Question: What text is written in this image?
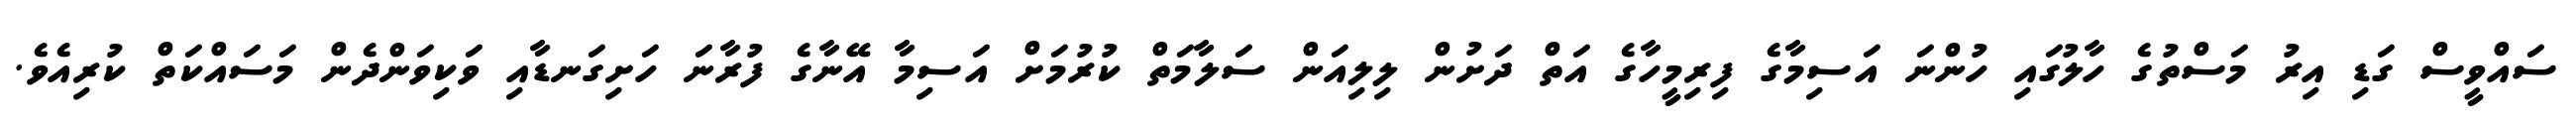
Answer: ސައްވީސް ގަޑި އިރު މަސްތުގެ ހާލުގައި ހުންނަ އަސިމާގެ ފިރިމީހާގެ އަތް ދަށުން ލިލިއަން ސަލާމަތް ކުރުމަށް އަސިމާ އޭނާގެ ފުރާނަ ހަށިގަނޑާއި ވަކިވަންދެން މަސައްކަތް ކުރިއެވެ.